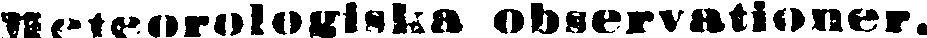
Meteorologiska observationer.